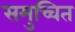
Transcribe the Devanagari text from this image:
समुच्चित